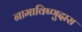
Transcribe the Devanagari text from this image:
नामाविष्णुदास